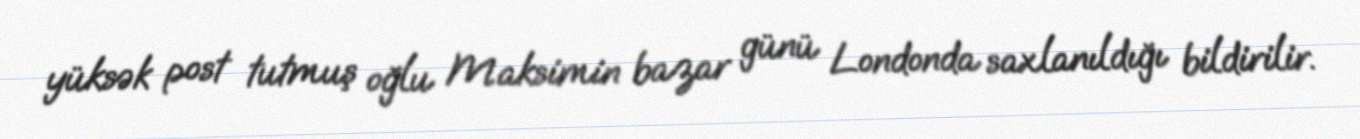
yüksək post tutmuş oğlu Maksimin bazar günü Londonda saxlanıldığı bildirilir.